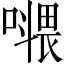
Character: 𡀧